Leaving Certificate Examination (including Day School Certificate (Higher) General paper), 1934
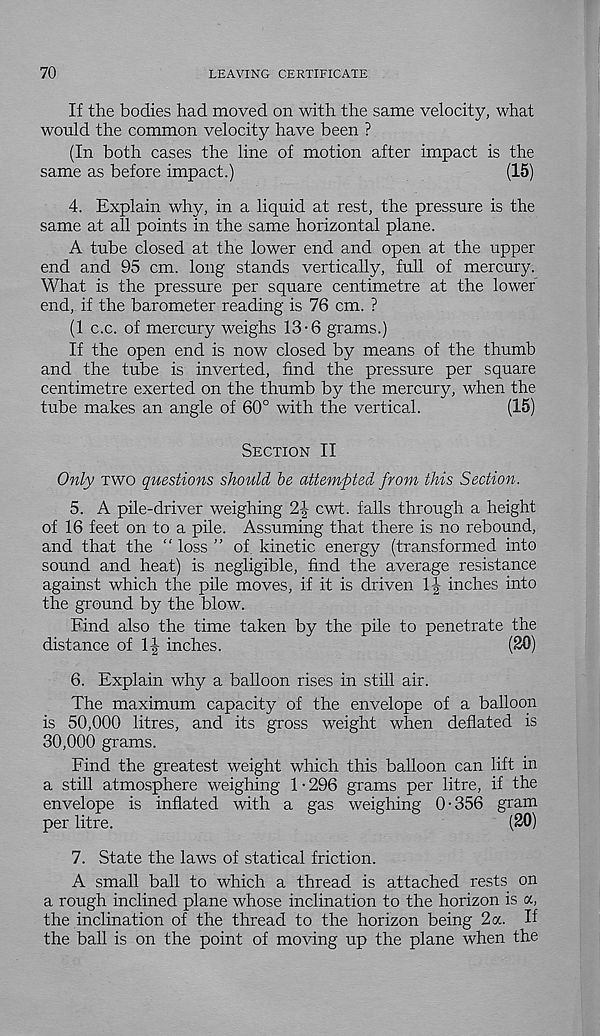
70
LEAVING CERTIFICATE
If the bodies had moved on with the same velocity, what
would the common velocity have been ?
(In both cases the line of motion after impact is the
same as before impact.)
(15)
4. Explain why, in a liquid at rest, the pressure is the
same at all points in the same horizontal plane.
A tube closed at the lower end and open at the upper
end and 95 cm. long stands vertically, full of mercury.
What is the pressure per square centimetre at the lower
end, if the barometer reading is 76 cm. ?
(1 c.c. of mercury weighs 13-6 grams.)
If the open end is now closed by means of the thumb
and the tube is inverted, find the pressure per square
centimetre exerted on the thumb by the mercury, when the
tube makes an angle of 60° with the vertical.
(15)
Section II
Only two questions should, be attempted from this Section.
5. A pile-driver weighing 2| cwt. falls through a height
of 16 feet on to a pile. Assuming that there is no rebound,
and that the “ loss ” of kinetic energy (transformed into
sound and heat) is negligible, find the average resistance
against which the pile moves, if it is driven
inches into
the ground by the blow.
Find also the time taken by the pile to penetrate the
distance of
inches.
(20)
6. Explain why a balloon rises in still air.
The maximum capacity of the envelope of a balloon
is 50,000 litres, and its gross weight when deflated is
30,000 grams.
Find the greatest weight which this balloon can lift in
a still atmosphere weighing 1-296 grams per litre, if the
envelope is inflated with a gas weighing 0 • 356 gram
per litre.
(20)
7. State the laws of statical friction.
A small ball to which a thread is attached rests on
a rough inclined plane whose inclination to the horizon is a,
the inclination of the thread to the horizon being 2 a. If
the ball is on the point of moving up the plane when the